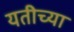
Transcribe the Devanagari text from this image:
यतीच्या